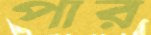
পার